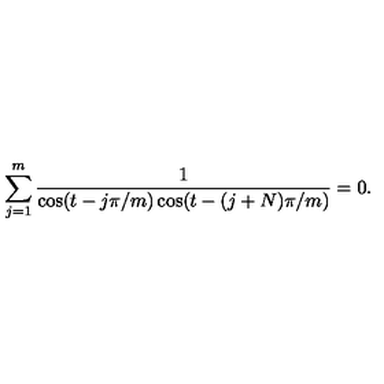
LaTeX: \sum _ { j = 1 } ^ { m } { \frac { 1 } { \cos ( t - { j \pi / m } ) \cos ( t - { ( j + N ) \pi / m } ) } } = 0 .